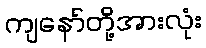
ကျနော်တို့အားလုံး